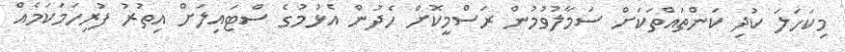
މިކަހަލަ ކުދި ކަންތައްތަކަށް ސަމާލުވުމުން ރަސްމީކޮށް ހެދުން އެޅުމުގެ ސްޓައިލަށް އިތުރު ފުރިހަމަކަމެއް